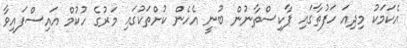
އެކަމަކު މިދިއަ ހަފުތާގައި ޕާކިސްތާނުން ބުނީ އެހެން ކުށްތަކުގައި މަރުގެ ހުކުމް އައިސްފައިވާ